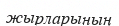
жырларының